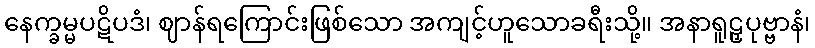
နေက္ခမ္မပဋိပဒံ၊ ဈာန်ရကြောင်းဖြစ်သော အကျင့်ဟူသောခရီးသို့။ အနာရူဠှပုဗ္ဗာနံ၊